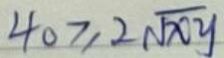
4 0 \geq 2 \sqrt { x y }